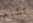
تشبع